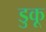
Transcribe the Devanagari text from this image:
डुकू